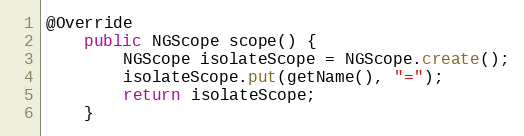
Language: Java
@Override
    public NGScope scope() {
        NGScope isolateScope = NGScope.create();
        isolateScope.put(getName(), "=");
        return isolateScope;
    }